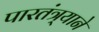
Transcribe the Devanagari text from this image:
पारतंत्र्याने